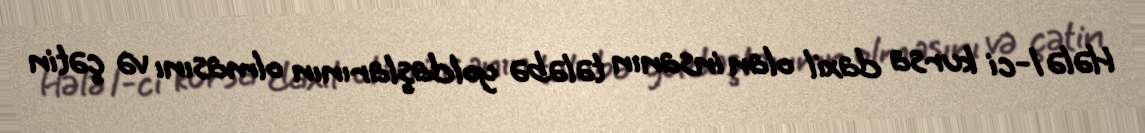
Hələ 1-ci kursa daxil olan insanın tələbə yoldaşlarının olmasını və çətin